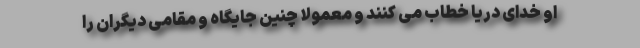
او خدای دریا خطاب می کنند و معمولاً چنین جایگاه و مقامی دیگران را